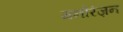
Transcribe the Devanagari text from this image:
मनोरंज़न